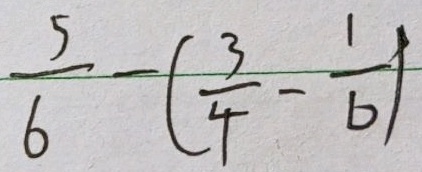
\frac { 5 } { 6 } - ( \frac { 3 } { 4 } - \frac { 1 } { 6 } )